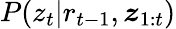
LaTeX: P(z_{t}|r_{t-1},\boldsymbol{z}_{1:t})